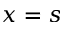
x = s